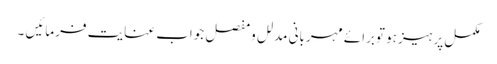
مکمل پرہیز ہو توبرائے مہربانی مدلل ومفصل جواب عنایت فرمائیں ۔